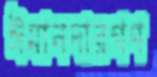
ঈমানদারগণ